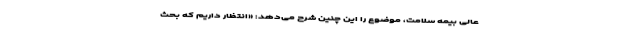
عالی بیمه سلامت، موضوع را این چنین شرح میَ‌دهد: «انتظار داریم که بحث